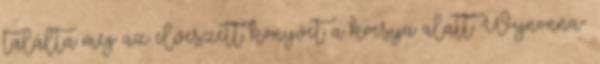
találta meg az elveszett könyvet a kocsija alatt Wynonna-